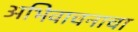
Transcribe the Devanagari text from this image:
अभिवाचनाचा